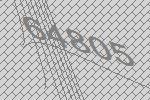
64805